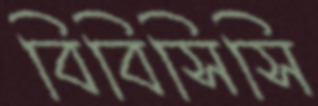
বিবিসিসি